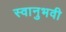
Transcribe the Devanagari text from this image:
स्वानुभवी